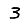
Digit: 3